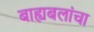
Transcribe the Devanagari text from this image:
बाह्यबलांचा